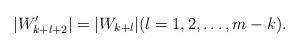
LaTeX: \begin{align*}|W'_{k+l+2}|=|W_{k+l}|(l=1,2,\ldots,m-k).\end{align*}